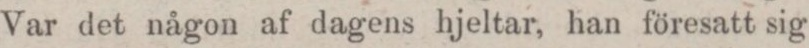
Var det någon af dagens hjeltar, han föresatt sig